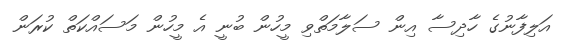
އަލިފާނުގެ ހާދިސާ އިން ސަލާމަތްވި މީހުން ބުނީ އެ މީހުން މަސައްކަތް ކުރަން